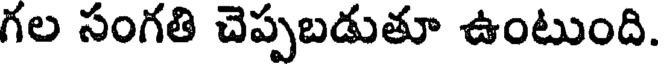
గల సంగతి చెప్పబడుతూ ఉంటుంది.